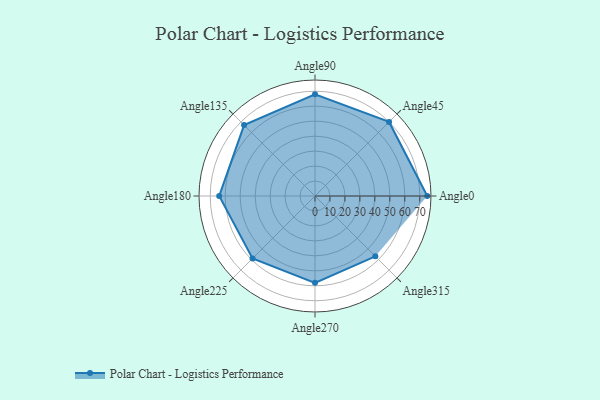
{"axis": {"x": "Angle", "y": "Radius"}, "legend": [""], "data": [{"x": "Angle0", "y": 75.0, "type": ""}, {"x": "Angle45", "y": 70.0, "type": ""}, {"x": "Angle90", "y": 68.0, "type": ""}, {"x": "Angle135", "y": 67.0, "type": ""}, {"x": "Angle180", "y": 64.0, "type": ""}, {"x": "Angle225", "y": 59.0, "type": ""}, {"x": "Angle270", "y": 58.0, "type": ""}, {"x": "Angle315", "y": 57.0, "type": ""}]}